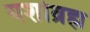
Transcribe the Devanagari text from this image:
यशोब्रह्म